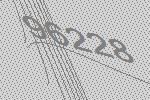
96228